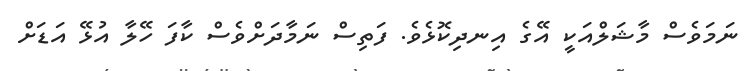
ނަމަވެސް މާޝަލްއަކީ އޭގެ އިނދިކޮޅެވެ. ފަތިސް ނަމާދަށްވެސް ކާފަ ހޭލާ އުޅޭ އަޑަށް